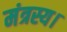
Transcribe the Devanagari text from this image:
मंत्रस्य।